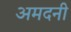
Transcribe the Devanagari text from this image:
अमदनी